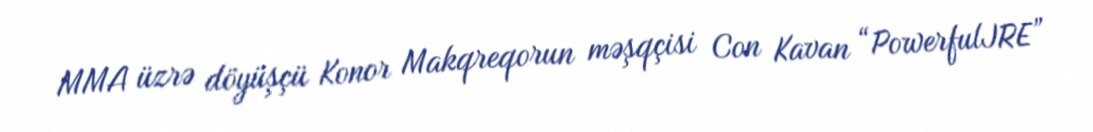
MMA üzrə döyüşçü Konor Makqreqorun məşqçisi Con Kavan “PowerfulJRE”